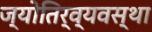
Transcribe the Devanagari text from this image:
ज्योतिर्व्यवस्था